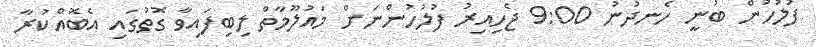
ފުލުހުން ބުނީ ހެނދުނު 9:00 ޖެހިއިރު ފުލުހުންނަށް މައުލޫމާތް ލިބިފައިވާ ގޮތުގައި އެބޮއްކުރާ